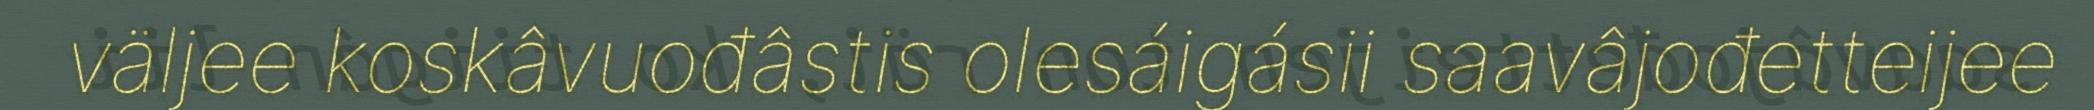
väljee koskâvuođâstis olesáigásii saavâjođetteijee